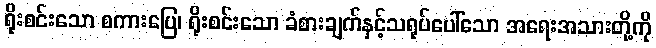
ရိုးစင်းသော စကားပြေ၊ ရိုးစင်းသော ခံစားချက်နှင့်သရုပ်ပေါ်သော အရေးအသားတို့ကို